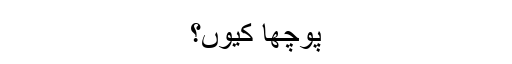
پوچھا کیوں؟